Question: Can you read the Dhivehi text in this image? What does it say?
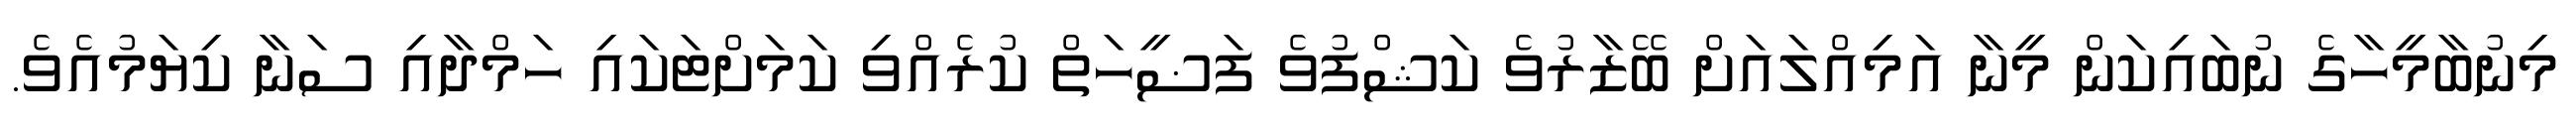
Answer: މިނުބާމީހާގެ ނުބައިކަން މީނާ އަމިއްލައަށް ބޭޒާރުވެ ކަޝްފުވެ ފަޟީހަތް ކުރެއްވި ކަމަށްޓަކައި ހަމްދާއި ސަނާ ކިޔަމުއެވެ.